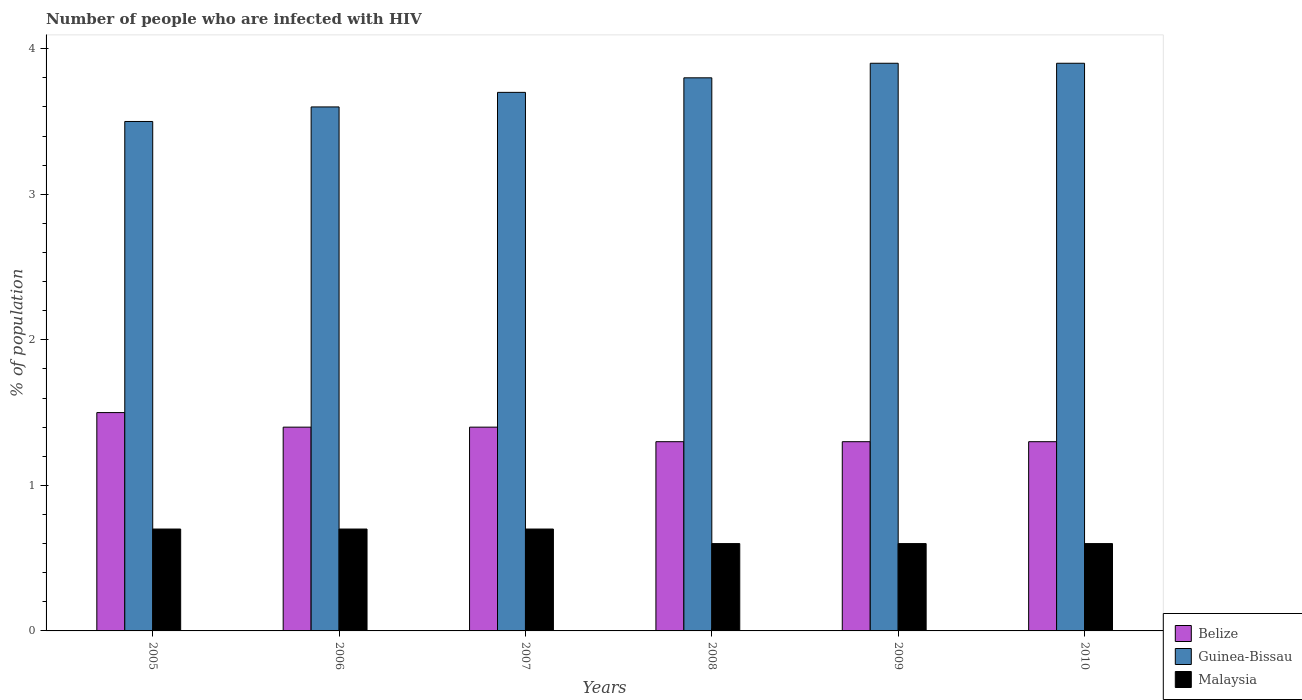
| Years | Belize | Guinea-Bissau | Malaysia |
 | --- | --- | --- | --- |
 | 2005 | 1.5 | 3.5 | 0.7 |
 | 2006 | 1.4 | 3.6 | 0.7 |
 | 2007 | 1.4 | 3.7 | 0.7 |
 | 2008 | 1.3 | 3.8 | 0.6 |
 | 2009 | 1.3 | 3.9 | 0.6 |
 | 2010 | 1.3 | 3.9 | 0.6 |